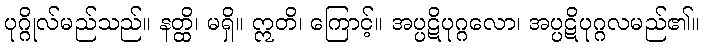
ပုဂ္ဂိုလ်မည်သည်။ နတ္ထိ၊ မရှိ။ ဣတိ၊ ကြောင့်။ အပ္ပဋိပုဂ္ဂလော၊ အပ္ပဋိပုဂ္ဂလမည်၏။